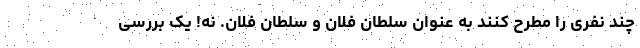
چند نفری را مطرح کنند به عنوان سلطان فلان و سلطان فلان. نه! یک بررسی